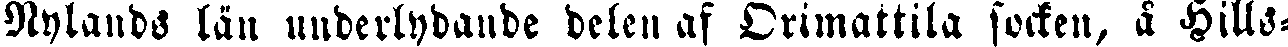
Nylands län underlydande delen af Orimattila socken, å Hills-